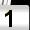
Digit: 1